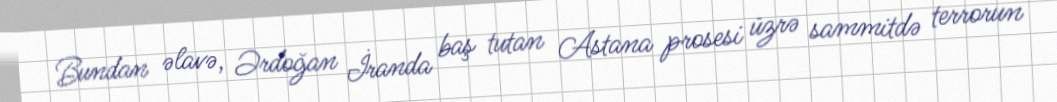
Bundan əlavə, Ərdoğan İranda baş tutan Astana prosesi üzrə sammitdə terrorun